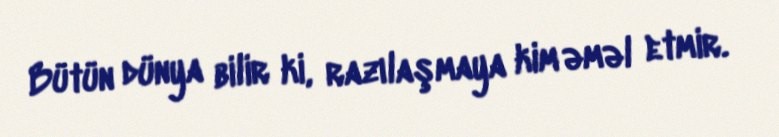
Bütün dünya bilir ki, razılaşmaya kim əməl etmir.